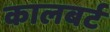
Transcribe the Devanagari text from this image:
कालबर्ट